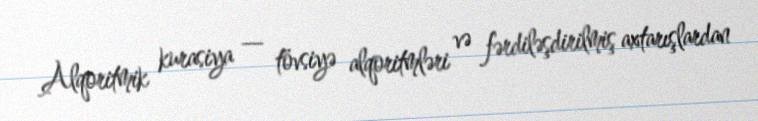
Alqoritmik kurasiya — tövsiyə alqoritmləri və fərdiləşdirilmiş axtarışlardan